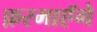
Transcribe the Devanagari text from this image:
फ़रमाएॅगे